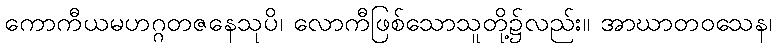
ကောကီယမဟဂ္ဂတဇနေသုပိ၊ လောကီဖြစ်သောသူတို့၌လည်း။ အာဃာတဝသေန၊